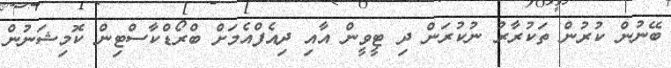
ބޭނުން ކުރުން ތަކުރާރު ނުކުރަން ދި ޓީވީން އާއި ދިއެފްއެމަށް ބްރޯޑްކާސްޓިން ކޮމިޝަނުން